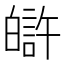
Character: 𤾟